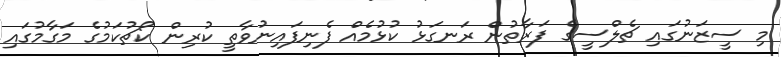
މި ސީޒަނުގައި ޗެލްސީގެ ފަރާތުން ރަނގަޅު ކުޅުމެއް ފެނިފައިނުވާތީ ކުރިން ކޯޗުކަމުގެ މަގާމުގައި